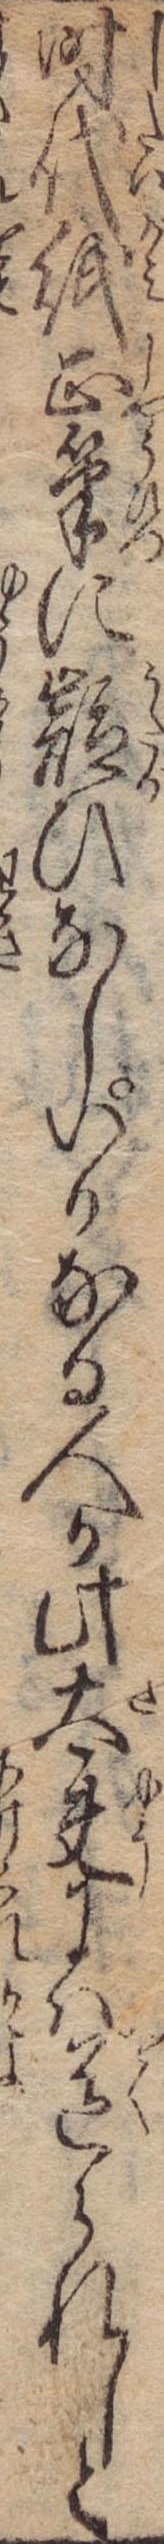
時代紙正筆に疑ひなしいかなる人か此太夫には送られしと